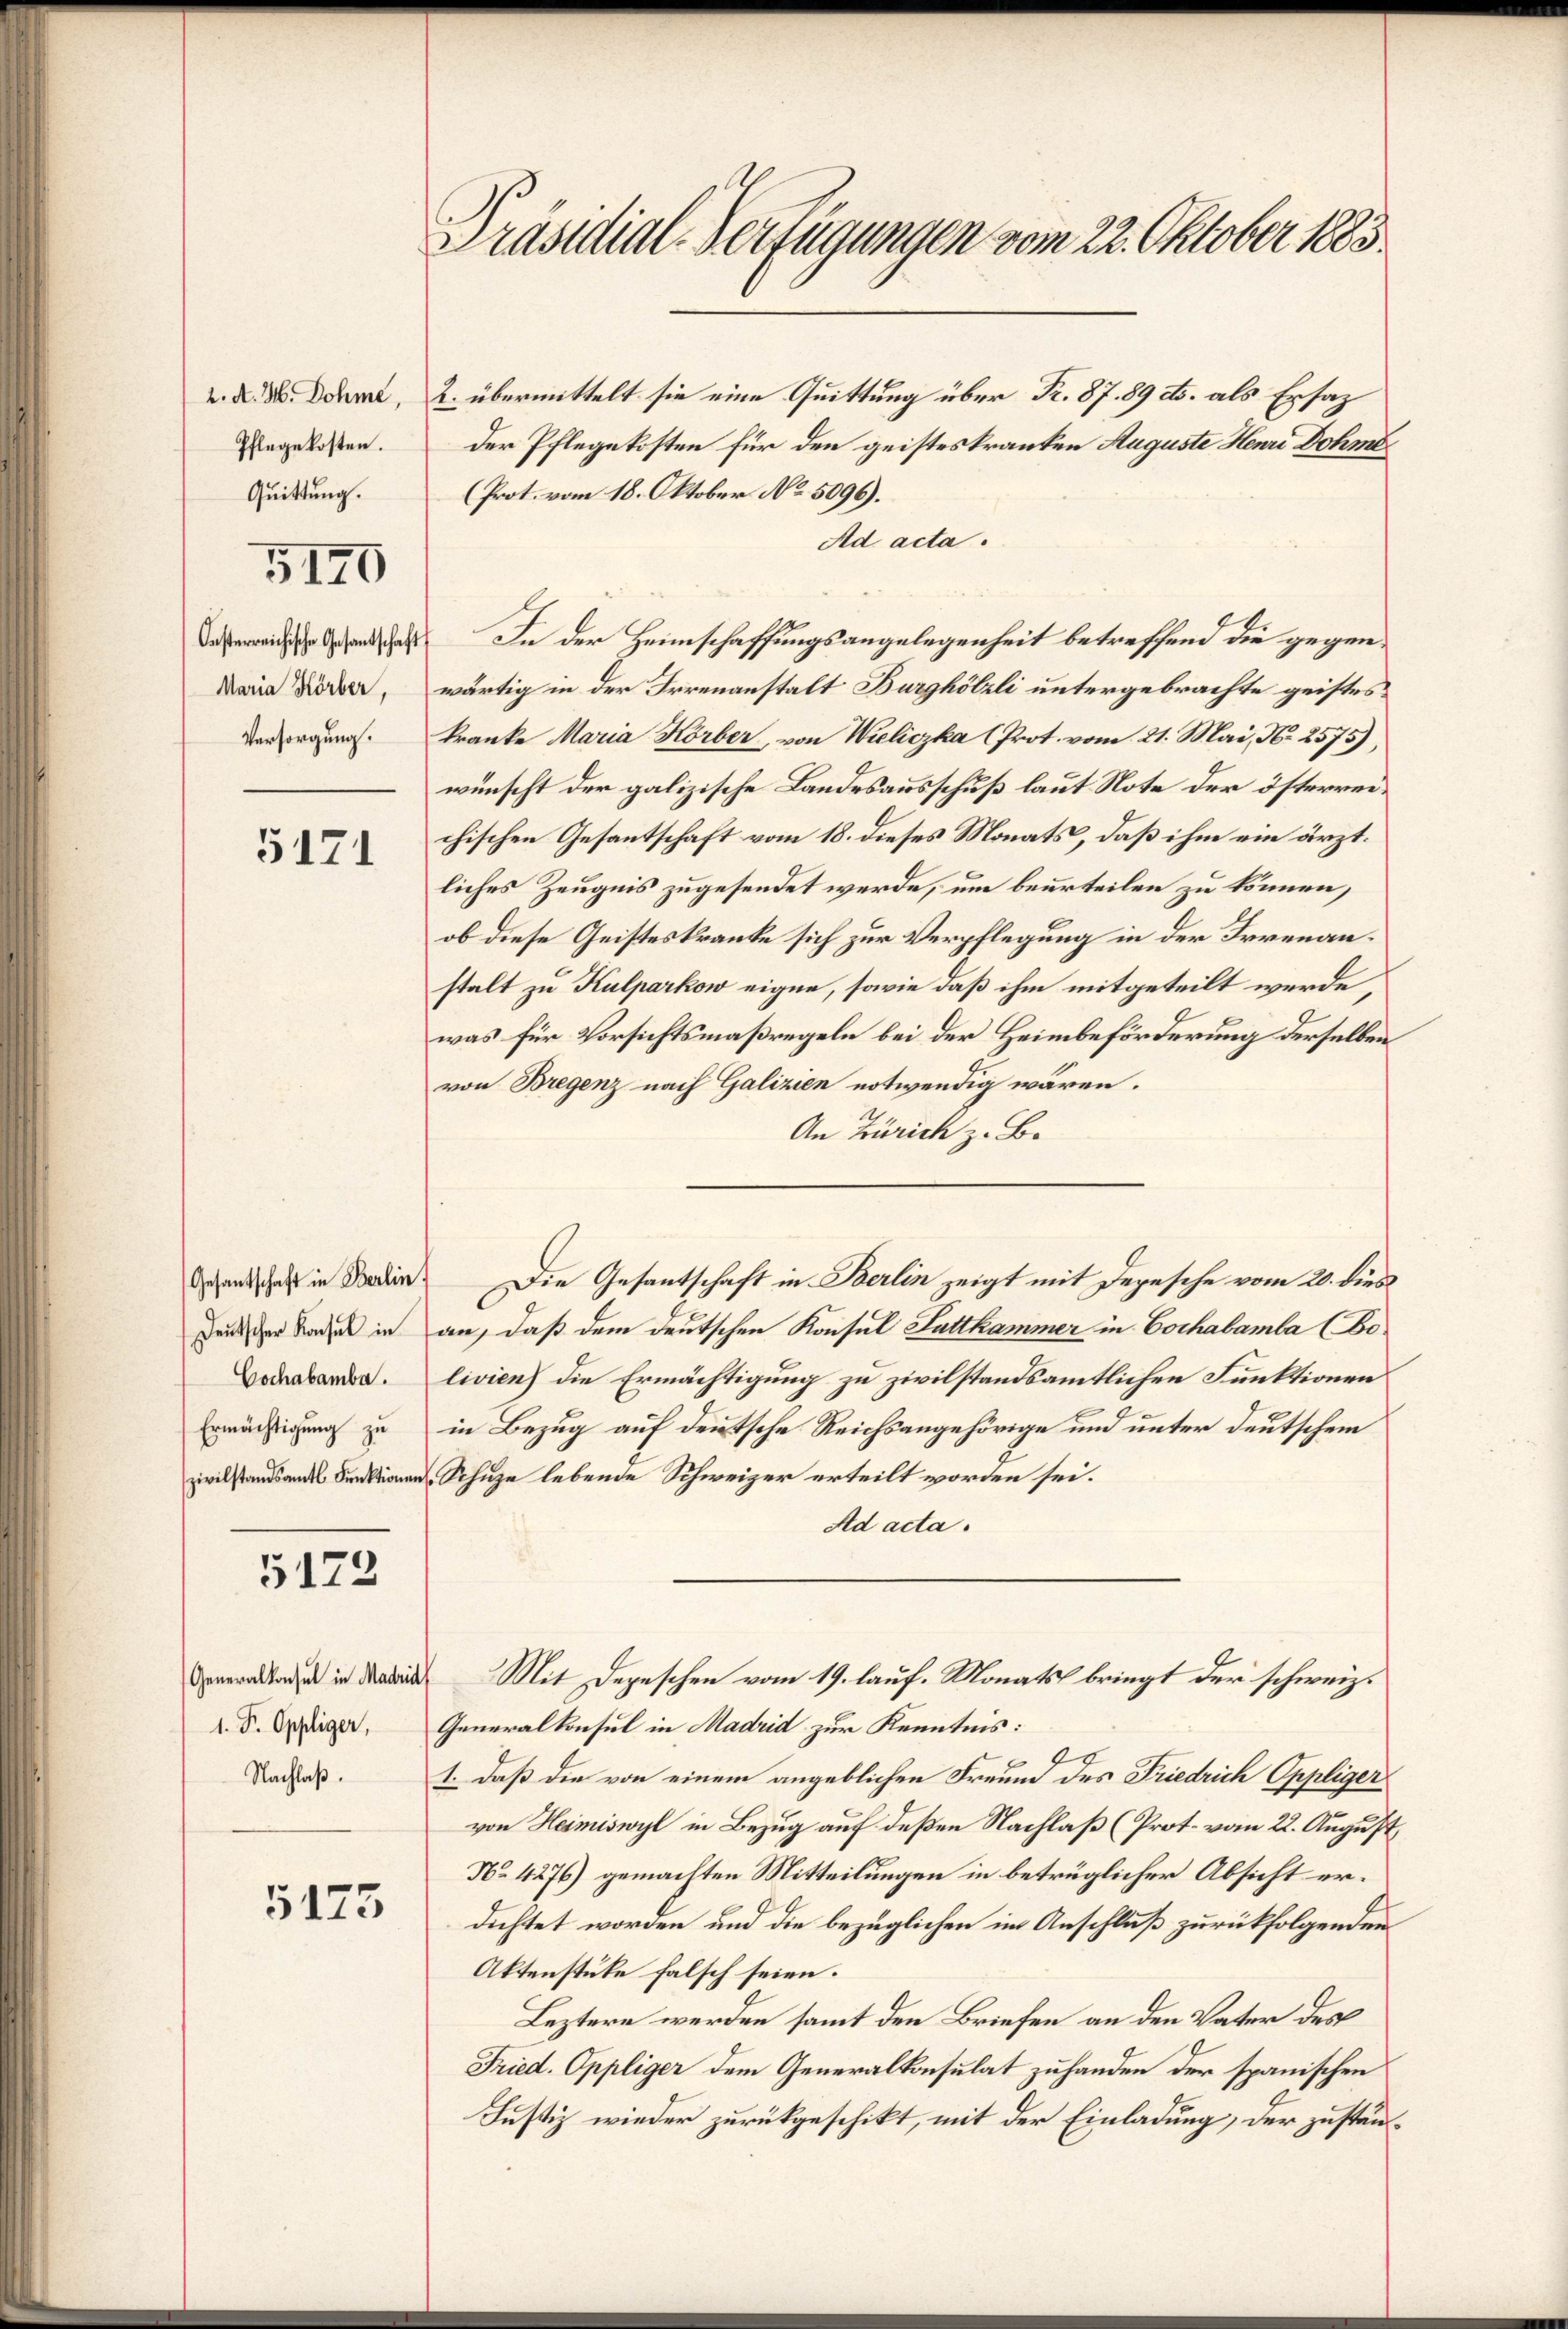
2. A. H. Dahme,
Pflegekosten.
Quittung.

5170

Maria Körber,
Versorgung.

5171

Gesantschaft in Berlin
Deutscher Konsul in
Cochabambar.
Ermächtigung zu

5172

Generalkonsul in Madrid
1. P. Oppliger,
Nachlaß.

5173

Präsidial-Verfügungen vom 22. Oktober 1883.

2. übermittelt sie eine Quittung über Fr. 87. 89 cts. als Ersatz
der Pflegekosten für den geisteskranken Auguste Henri Dohme¬
(Prot. vom 18. Oktober No 5096).
Ad acta.
iana In der Heimschaffungsangelegenheit betreffend die gegenwärtig in der Irrenanstalt Burghölzli untergebrachte geistes
kranke Maria Körber, von Wieliczka (Prot. vom 21. Mai, N. 2575),
wünscht der galizische Landesausschuß laut Note der österreichischen Gesantschaft vom 18. dieses Monats, daß ihm ein ärztliches Zeugnis zugesendet werde, um beurteilen zu können,
ob diese Geisteskranke sich zur Verpflegung in der Irrenanstalt zu Kulparkow eigne, sowie daß ihm mitgeteilt werde,
was für Vorsichtsmaßregeln bei der Heimbeförderung derselben
von Bregenz nach Galizien notwendig wären.
An Zürich z. B.
Die Gesantschaft in Berlin zeigt mit Depesche vom 20. dies
an, daß dem deutschen Konsul Sattkammer in Cochabamba (Bolivien) die Ermächtigung zu zivilstandsamtlichen Funktionen
in Bezug auf deutsche Reichsangehörige und unter deutschem
zivilstandsandes Funktionen Schuze lebende Schweizer erteilt worden sei.
Ad acta.
Mit Depeschen vom 19. lauf. Monats bringt der schweiz.
Generalkonsul in Madrid zur Kenntnis:
9
1. daß die von einem angeblichen Freund des Friedrich Oppliger
von Heimiswyl in Bezug auf deßen Nachlaß (Prot. vom 22. August
No 4276) gemachten Mitteilungen in betrüglicher Absicht erdichtet worden und die bezüglichen im Anschluß zurückfolgenden
Aktenstüke falsch seien.
Leztern werden samt den Briefen an den Vater des
Fried. Oppliger dem Generalkonsulat zuhanden der spanischen
Justiz wieder zurückgeschikt, mit der Einladung, der zuständ¬